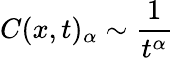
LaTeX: C(x,t)_{\alpha}\sim\frac{1}{t^{\alpha}}